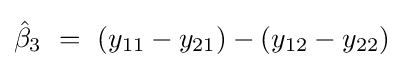
{\hat {\beta }}_{3}~=~(y_{11}-y_{21})-(y_{12}-y_{22})